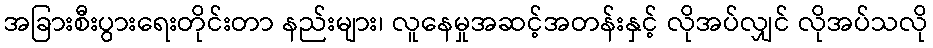
အခြားစီးပွားရေးတိုင်းတာ နည်းများ၊ လူနေမှုအဆင့်အတန်းနှင့် လိုအပ်လျှင် လိုအပ်သလို